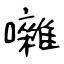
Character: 囃